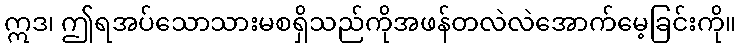
ဣဒ၊ ဤရအပ်သောသားမစရှိသည်ကိုအဖန်တလဲလဲအောက်မေ့ခြင်းကို။